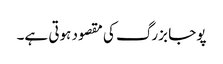
پوجا بزرگ کی مقصود ہوتی ہے۔